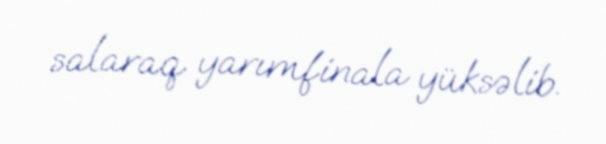
salaraq yarımfinala yüksəlib.